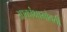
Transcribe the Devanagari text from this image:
आकांक्षाभोवती